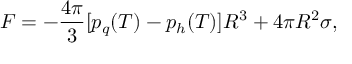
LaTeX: F = - { \frac { 4 \pi } { 3 } } [ p _ { q } ( T ) - p _ { h } ( T ) ] R ^ { 3 } + 4 \pi R ^ { 2 } \sigma ,